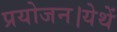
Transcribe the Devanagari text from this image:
प्रयोजन।येथें